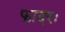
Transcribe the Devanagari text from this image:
फादरः